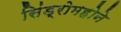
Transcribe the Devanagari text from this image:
सिंड्रोमहोने